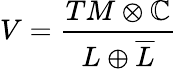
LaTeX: V={\frac{TM\otimes\mathbb{C}}{L\oplus{\overline{{L}}}}}